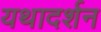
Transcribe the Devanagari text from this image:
यथादर्शन